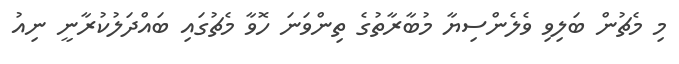
މި މެޗުން ބަލިވި ވެލެންސިޔާ މުބާރާތުގެ ތިންވަނަ ހޮވާ މެޗުގައި ބައްދަލުކުރާނީ ނިއު